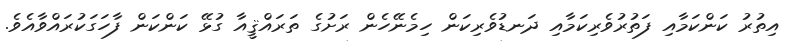
އިތުރު ކަންކަމާއި ފަތުރުވެރިކަމާއި ދަނޑުވެރިކަން ހިމެނޭހެން ރަށުގެ ތަރައްޤީއާ ގުޅޭ ކަންކަން ފާހަގަކުރައްވާއެވެ.